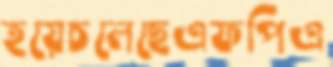
হয়েচলেছেএফপিএ